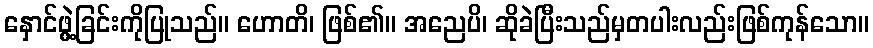
နှောင်ဖွဲ့ခြင်းကိုပြုသည်။ ဟောတိ၊ ဖြစ်၏။ အညေပိ၊ ဆိုခဲပြီးသည်မှတပါးလည်းဖြစ်ကုန်သော။